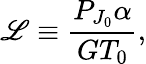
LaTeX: \mathscr{L}\equiv\frac{P_{J_{0}}\alpha}{GT_{0}},